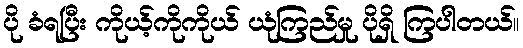
ပို ခံရပြီး ကိုယ့်ကိုကိုယ် ယုံကြည်မှု ပိုရှိ ကြပါတယ်။